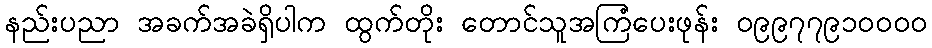
နည်းပညာ အခက်အခဲရှိပါက ထွက်တိုး တောင်သူအကြံပေးဖုန်း ၀၉၉၇၇၉၁၀၀၀၀